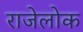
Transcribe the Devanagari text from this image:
राजेलोक